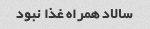
سالاد همراه غذا نبود